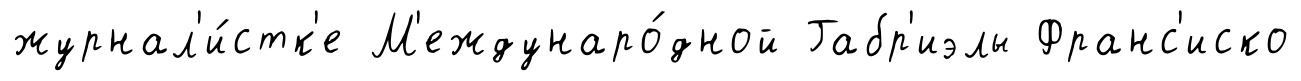
журнал'и́стк'е М'еждунаро́дной Габр'иэлы Франс'иско